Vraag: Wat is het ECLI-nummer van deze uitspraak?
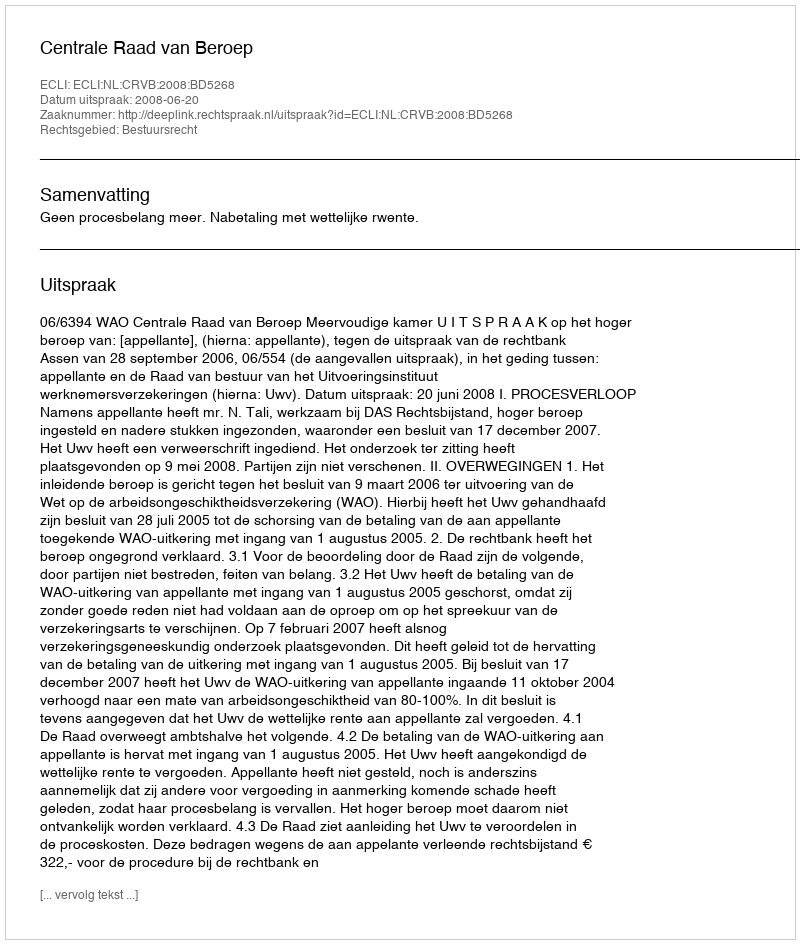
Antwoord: ECLI:NL:CRVB:2008:BD5268